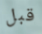
قبل